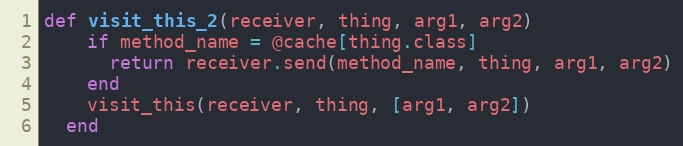
Language: Ruby
def visit_this_2(receiver, thing, arg1, arg2)
    if method_name = @cache[thing.class]
      return receiver.send(method_name, thing, arg1, arg2)
    end
    visit_this(receiver, thing, [arg1, arg2])
  end